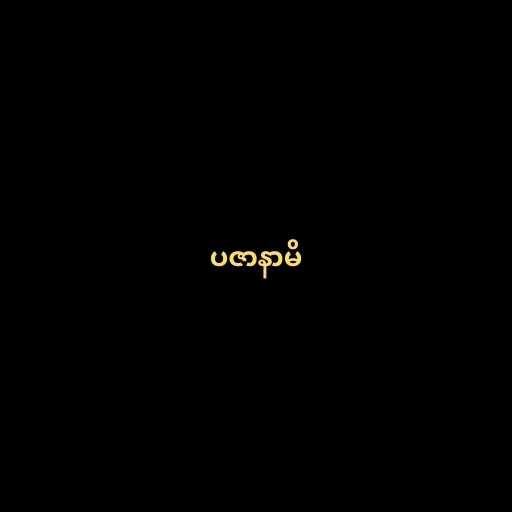
ပဇာနာမိ